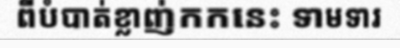
ពីបំបាត់ខ្លាញ់កកនេះ ទាមទារ